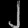
Digit: ၂